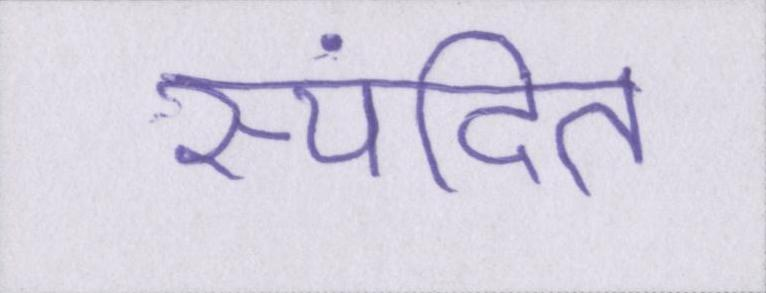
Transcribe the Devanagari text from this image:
स्पंदित